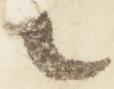
々